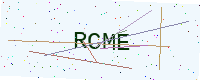
Text: RCME